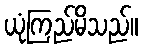
ယုံကြည်မိသည်။